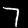
Label: 7